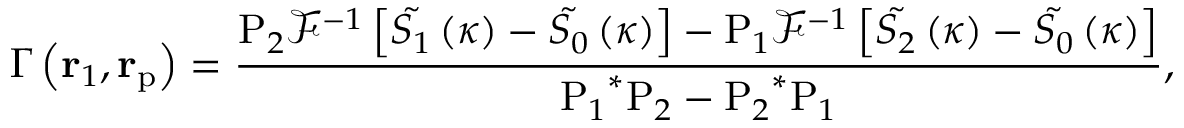
\Gamma \left( { \bf { r } } _ { 1 } , { \bf { r } } _ { \mathrm { p } } \right) = \frac { { { \mathrm P } _ { 2 } } { { \mathcal { F } } ^ { - 1 } } \left[ { { { \tilde { S _ { 1 } } } } } \left( \boldsymbol { \kappa } \right) - { { { \tilde { S _ { 0 } } } } } \left( \boldsymbol { \kappa } \right) \right] - { { \mathrm P } _ { 1 } } { { \mathcal { F } } ^ { - 1 } } \left[ { { { \tilde { S _ { 2 } } } } } \left( \boldsymbol { \kappa } \right) - { { { \tilde { S _ { 0 } } } } } \left( \boldsymbol { \kappa } \right) \right] } { { { \mathrm P } _ { 1 } } ^ { * } { { \mathrm P } _ { 2 } } - { { \mathrm P } _ { 2 } } ^ { * } { { \mathrm P } _ { 1 } } } ,